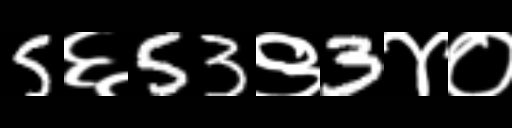
Text: 5६53९3४०